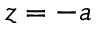
z = - a